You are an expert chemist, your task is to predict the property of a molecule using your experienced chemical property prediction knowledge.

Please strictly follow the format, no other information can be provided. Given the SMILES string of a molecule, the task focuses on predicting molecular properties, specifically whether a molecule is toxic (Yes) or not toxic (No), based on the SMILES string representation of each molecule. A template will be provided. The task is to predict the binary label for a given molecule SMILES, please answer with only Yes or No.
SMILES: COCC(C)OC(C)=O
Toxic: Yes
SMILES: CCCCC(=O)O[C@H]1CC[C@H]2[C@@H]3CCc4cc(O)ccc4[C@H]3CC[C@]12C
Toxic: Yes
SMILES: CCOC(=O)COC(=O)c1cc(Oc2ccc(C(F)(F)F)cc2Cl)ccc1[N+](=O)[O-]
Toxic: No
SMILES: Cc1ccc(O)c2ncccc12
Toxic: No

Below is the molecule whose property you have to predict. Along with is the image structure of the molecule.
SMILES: CC(=O)Nc1ccc(OC(=O)c2ccccc2O)cc1
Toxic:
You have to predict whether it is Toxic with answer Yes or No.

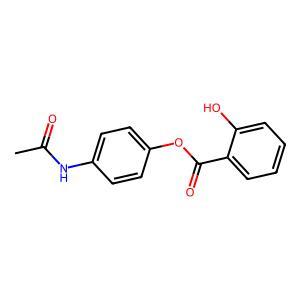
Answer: No